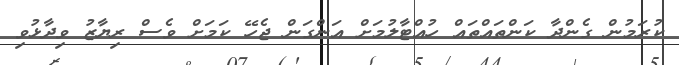
ކުރަމުން ގެންދާ ކަންތައްތައް ހުއްޓާލުމަށް އަންގަން ޖެހޭ ކަމަށް ވެސް ރިޔާޒު ވިދާޅުވި